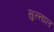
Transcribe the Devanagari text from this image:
सुल्ताल